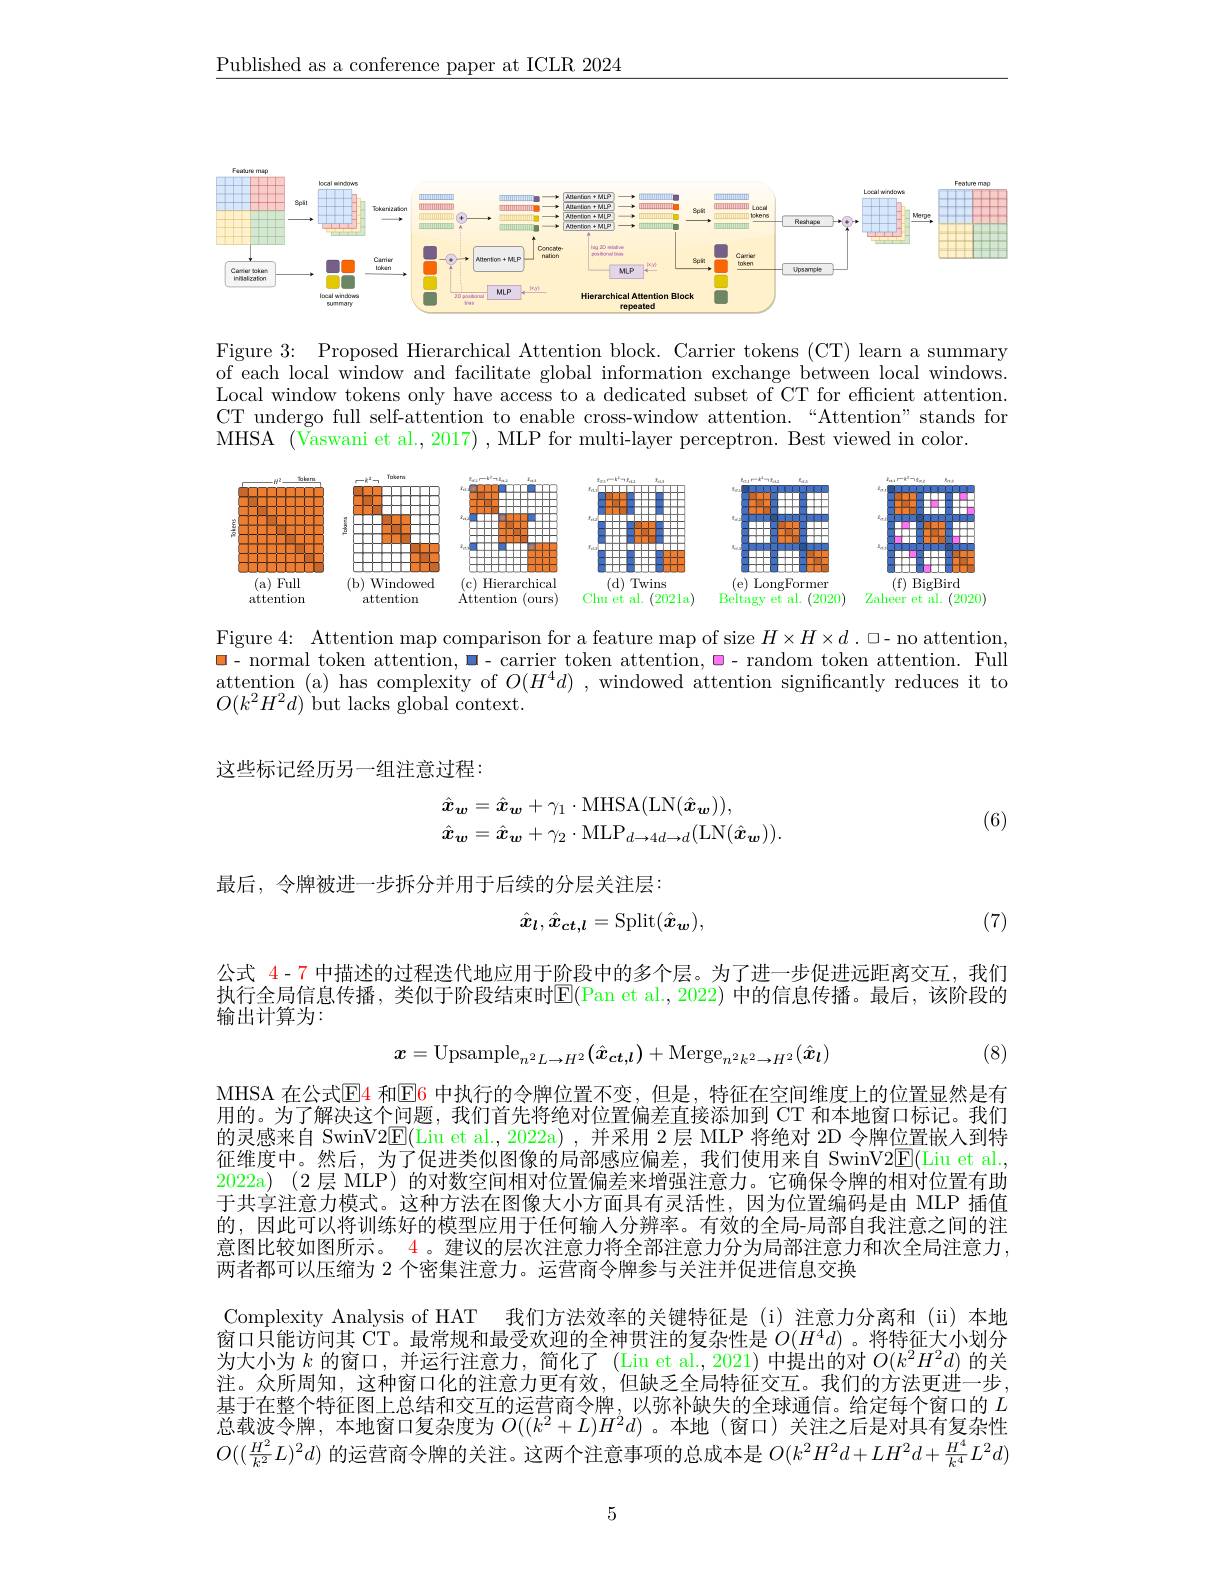
$\underline{\text{Published as a conference paper at ICLR 2024}}$

<FigureHere>

Figure 3: Proposed Hierarchical Attention block. Carrier tokens (CT) learn a summary of each local window and facilitate global information exchange between local windows. Local window tokens only have access to a dedicated subset of CT for efficient attention. CT undergo full self-attention to enable cross-window attention.“Attention”stands for MHSA (Vaswani et al., 2017) , MLP for multi-layer perceptron. Best viewed in color.

<FigureHere>

Figure 4: Attention map comparison for a feature map of size $H\times H\times d$ . □- no attention, $\blacksquare$- normal token attention, ◼- carrier token attention, ◼- random token attention. Full attention (a) has complexity of $O(H^4d)$ ,windowed attention significantly reduces it to $O(k^{2}H^{2}d)$ but lacks global context.

这些标记经历另一组注意过程：
$$\begin{aligned}&\hat{\boldsymbol{x}}_{\boldsymbol{w}}=\hat{\boldsymbol{x}}_{\boldsymbol{w}}+\gamma_{1}\cdot\mathrm{MHSA}(\mathrm{LN}(\hat{\boldsymbol{x}}_{\boldsymbol{w}})),\\&\hat{\boldsymbol{x}}_{\boldsymbol{w}}=\hat{\boldsymbol{x}}_{\boldsymbol{w}}+\gamma_{2}\cdot\mathrm{MLP}_{d\to4d\to d}(\mathrm{LN}(\hat{\boldsymbol{x}}_{\boldsymbol{w}})).\end{aligned}$$
(6)

最后，令牌被进一步拆分并用于后续的分层关注层：
$$\hat{x}_l,\hat{x}_{ct,l}=\mathrm{Split}(\hat{x}_{\boldsymbol{w}}),$$
(7)

公式 4-7 中描述的过程迭代地应用于阶段中的多个层。为了进一步促进远距离交互，我们执行全局信息传播，类似于阶段结束时E(Pan et al.,2022)中的信息传播。最后，该阶段的输出计算为：
$$x=\mathrm{Upsample}_{n^2L\to H^2}(\hat{x}_{ct,l})+\mathrm{Merge}_{n^2k^2\to H^2}(\hat{x}_l)$$
(8)

MHSA 在公式$\color{red}{\operatorname*{E}}\color{red}{4}$ 和$\color{red}{\operatorname*{E}}\color{red}{6}$ 中执行的令牌位置不变，但是，特征在空间维度上的位置显然是有用的。为了解决这个问题，我们首先将绝对位置偏差直接添加到 CT 和本地窗口标记。我们的灵感来自 SwinV2E(Liu et al., 2022a),并采用 2层 MLP 将绝对 2D 令牌位置嵌人到特征维度中。然后，为了促进类似图像的局部感应偏差，我们使用来自 SwinV$2\underline{\mathbb{E}}($Liu et al., 2022a) (2 层 MLP) 的对数空间相对位置偏差来增强注意力。它确保令牌的相对位置有助于共享注意力模式。这种方法在图像大小方面具有灵活性，因为位置编码是由 MLP 插值的，因此可以将训练好的模型应用于任何输人分辨率。有效的全局-局部自我注意之间的注意图比较如图所示。$\color{red}{4}$ 。建议的层次注意力将全部注意力分为局部注意力和次全局注意力， 两者都可以压缩为 2 个密集注意力。运营商令牌参与关注并促进信息交换
Complexity Analysis of HAT 我们方法效率的关键特征是 (i) 注意力分离和 (ii)本地窗口只能访问其 CT。最常规和最受欢迎的全神贯注的复杂性是$O(H^4d)$ 。将特征大小划分为大小为$k$的窗口，并运行注意力，简化了(Liu et al.,2021)中提出的对$O(k^2H^2d)$的关注。众所周知，这种窗口化的注意力更有效，但缺乏全局特征交互。我们的方法更进一步， 基于在整个特征图上总结和交互的运营商令牌，以弥补缺失的全球通信。给定每个窗口的$L$ 总载波令牌，本地窗口复杂度为$O((k^2+L)H^2d)$。本地(窗口)关注之后是对具有复杂性$O((\frac{H^2}{k^2}L)^2d)$的运营商令牌的关注。这两个注意事项的总成本是$O(k^2H^2d+LH^2d+\frac{H^4}{k^4}L^2d)$

5